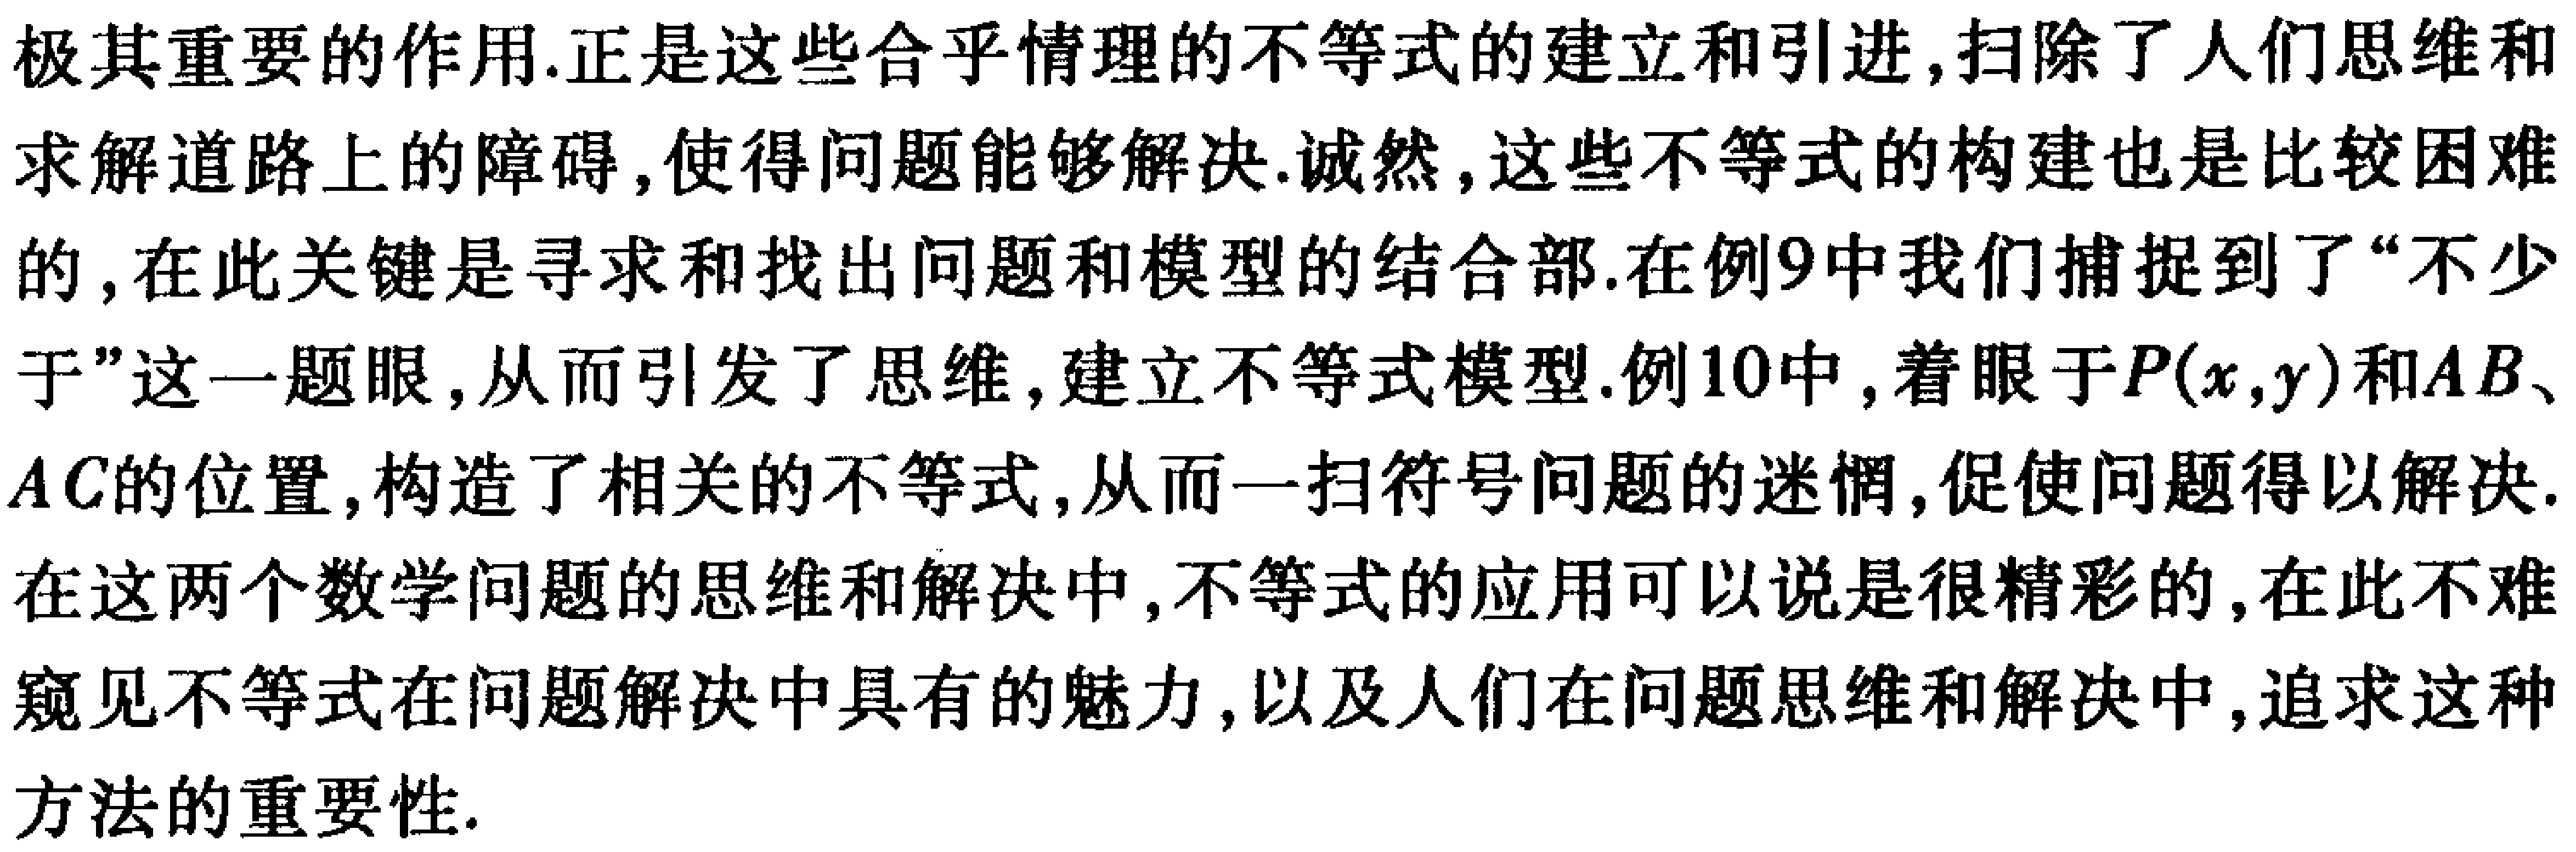
极其重要的作用.正是这些合乎情理的不等式的建立和引进,扫除了人们思维和求解道路上的障碍,使得问题能够解决.诚然,这些不等式的构建也是比较困难的,在此关键是寻求和找出问题和模型的结合部.在例9中我们捕捉到了“不少于”这一题眼,从而引发了思维,建立不等式模型.例10中,着眼于\(P(x,y)\)和\(AB\)、\(AC\)的位置,构造了相关的不等式,从而一扫符号问题的迷惘,促使问题得以解决.在这两个数学问题的思维和解决中,不等式的应用可以说是很精彩的,在此不难窥见不等式在问题解决中具有的魅力,以及人们在问题思维和解决中,追求这种方法的重要性.